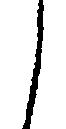
之